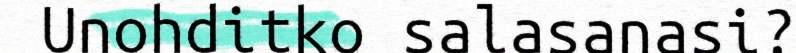
Unohditko salasanasi?